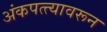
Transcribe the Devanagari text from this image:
अंकपत्त्यावरून